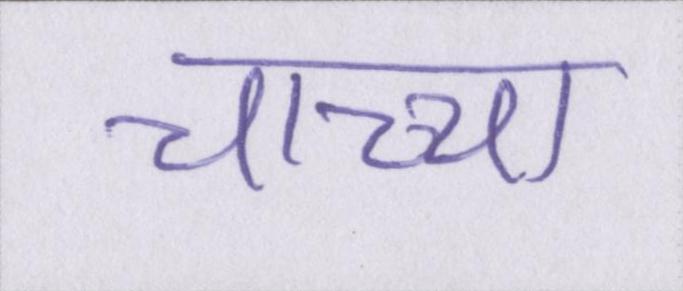
चाच्चा